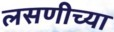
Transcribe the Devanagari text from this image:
लसणीच्या